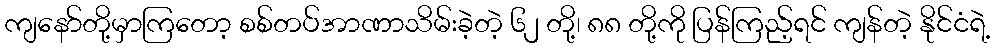
ကျနော်တို့မှာကြတော့ စစ်တပ်အာဏာသိမ်းခဲ့တဲ့ ၆၂ တို့၊ ၈၈ တို့ကို ပြန်ကြည့်ရင် ကျန်တဲ့ နိုင်ငံရဲ့